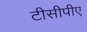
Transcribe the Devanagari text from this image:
टीसीपीए